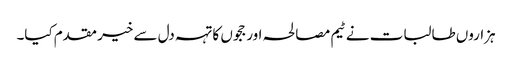
ہزاروں طالبات نے ٹیم مصالحہ اور ججوں کا تہہ دل سے خیر مقدم کیا۔